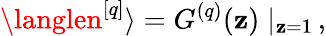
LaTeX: \langlen^{[q]}\rangle=G^{(q)}(\mathbf{z})\mid_{\mathbf{z}=1}\, ,